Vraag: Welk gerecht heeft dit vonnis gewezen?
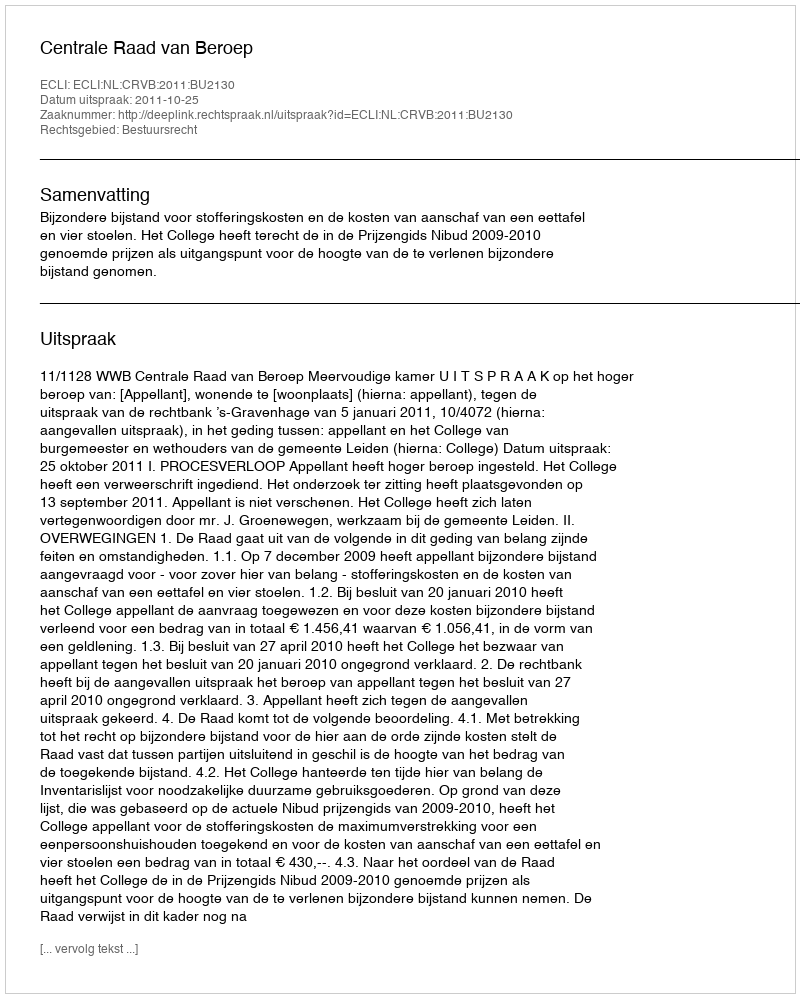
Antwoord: Centrale Raad van Beroep